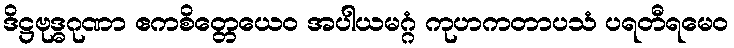
ဒိဋ္ဌဗုဒ္ဓဂုဏာ ဧကစိတ္တေယေဝ အပါယမဂ္ဂံ ကုဟကတာပသံ ပရတီရမေဝ